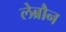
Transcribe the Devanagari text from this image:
लेब्रौन